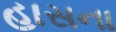
હાસના